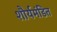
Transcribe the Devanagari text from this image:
शौर्यमंडित